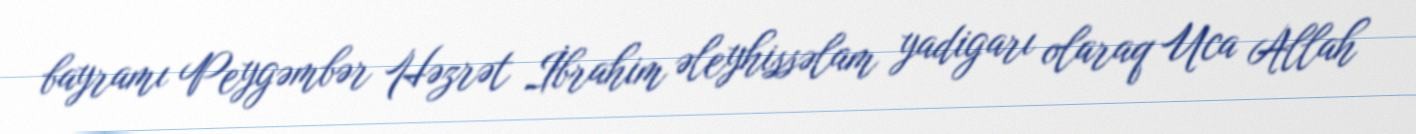
bayramı Peygəmbər Həzrət İbrahim əleyhissəlam yadigarı olaraq Uca Allah